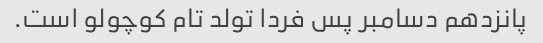
پانزدهم دسامبر پس فردا تولد تام کوچولو است.